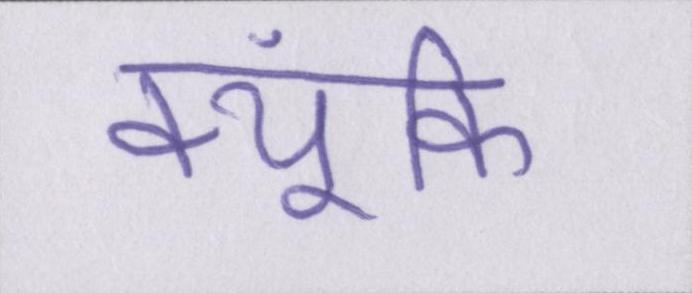
क्यूंकि